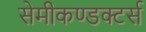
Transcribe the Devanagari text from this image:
सेमीकण्डक्टर्स